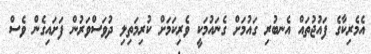
އެމެރިކާގެ ފައުޖުތައް އެނބުރި ގައުމަށް ގެނައުމަކީ ވެރިކަމަށް ކުރިމަތިލި ދުވަސްވަރުން ފަށައިގެން ވެސް